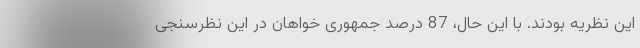
این نظریه بودند. با این حال، 87 درصد جمهوری خواهان در این نظرسنجی